Annual report of lunatic asylums [Bombay] - 1912-1922
Year: 1912
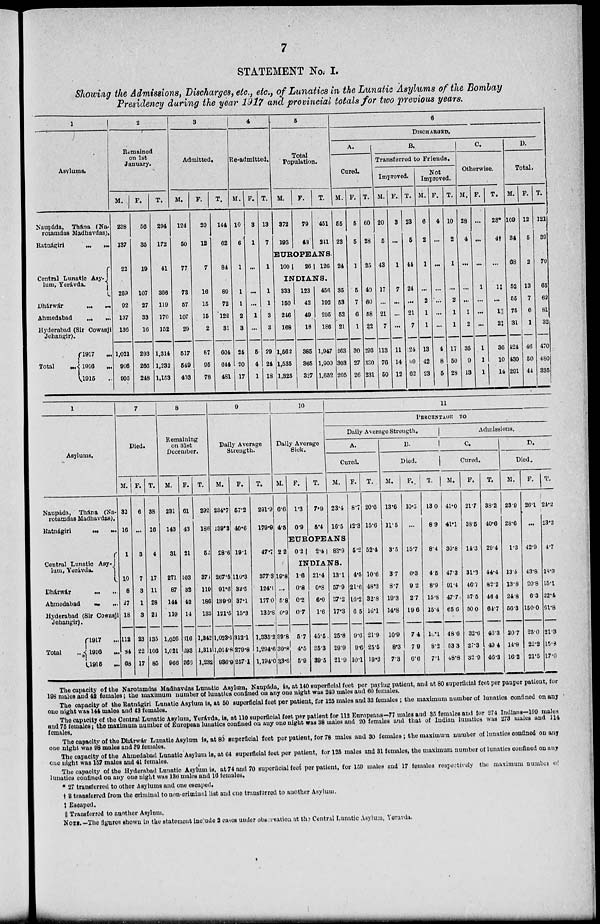
7
STATEMENT No. I.
Showing the Admissions, Discharges, etc., etc., of Lunatics in the Lunatic Asylums of the Bombay
Presidency during the year 1917 and provincial totals for two previous years.
1
Asylums.
Naupáda,
Thána (Na¬
rotamdas Madhavdas).
Ratnágiri
...
...
Central Lunatic Asy-
lum, Yerávda.
Dhárwár ... ...
Ahmedabad ... ...
Hyderabad (Sir Cowasji
Jehangir).
Total
...
1917 ...
1916
...
1915 ...
2
Remained
on 1st
January.
M.
238
137
22
259
92
137
136
1,021
966
905
F.
56
35
19
107
27
33
16
293
266
248
T.
294
172
41
366
119
170
152
1,314
1,232
1,153
3
Admitted.
M.
124
50
77
73
57
107
29
517
549
403
F.
20
12
7
16
15
15
2
87
95
78
T.
144
62
84
89
72
122
31
604
644
481
4
Re-admitted.
M.
10
6
1
1
1
2
3
24
20
17
F.
3
1
...
...
...
1
...
5
4
1
T.
13
7
1
1
1
3
3
29
24
18
5
Total
Population.
M.
372
193
F.
79
48
T.
451
241
EUROPEANS.
100
26 126
INDIANS.
333
150
246
168
1,562
1,535
1,325
123
42
49
18
385
365
327
456
192
295
186
1,947
1,900
1,652
6
DISCHARGED.
A.
Cured.
M.
55
23
24
35
53
52
21
263
303
205
F.
5
5
1
5
7
6
1
30
27
26
T.
60
28
25
40
60
58
22
293
330
231
B.
Transferred to Friends.
Improved.
M.
20
5
43
17
...
21
7
113
76
50
F.
3
...
1
7
...
...
...
11
14
12
T.
23
5
44
24
...
21
7
124
90
62
Not
Improved.
M.
6
2
1
...
2
1
1
13
42
23
F.
4
...
...
...
...
...
...
4
8
5
T.
10
2
1
...
2
1
1
17
50
28
C.
Otherwise.
M.
28
4
...
...
...
1
2
35
9
13
F.
...
...
...
1
...
...
...
1
1
1
T.
28*
4†
...
1‡
...
1||
2‡
36
10
14
D.
Total.
M.
109
34
68
52
55
75
31
424
430
291
F.
12
5
2
13
7
6
1
46
50
44
T.
121
39
70
65
62
81
32
470
480
335
1
Asylums.
Naupáda, Thána (Na-
rotamdas Madhavdas).
Ratnágiri ... ...
Central Lunatic Asy¬
lum, Yerávda.
Dhárwár ... ...
Ahmedabad ... ...
Hyderabad (Sir Cowasji
Jehangir).
Total ...
1917
...
1916
...
1915
...
7
Died.
M.
32
16
1
10
8
27
18
112
84
68
F.
6
...
3
7
3
1
3
23
22
17
T.
38
16
4
17
11
28
21
135
106
85
8
Remaining
on 31st
December.
M.
231
143
31
271
87
144
119
1,026
1,021
966
F.
61
43
21
103
32
42
14
316
293
266
T.
292
186
52
37
119
186
133
1,342
1,314
1,232
9
Daily Average
Strength.
M.
234.7
139.3
28.6
267.5
91.6
139.9
121.5
1,023.1
1,014.8
936.9
F.
57.2
40.6
19.1
110.3
32.5
37.1
15.3
312.1
279.8
257.1
T.
291.9
179.9
47.7
377.8
124.1
177.0
136.8
1,335.2
1,294.6
1,194.0
10
Daily Average
Sick.
M.
6.6
4.5
2.2
19.8
...
5.8
0.9
39.8
30.8
33.6
F.
1.3
0.9
T.
7.9
5.4
11
PERCENTAGE TO
Daily Average
Strength.
A.
Cured.
M.
23.4
16.5
EUROPEANS
0.2
2.4
83.9
INDIANS.
1.6
0.8
0.2
0.7
5.7
4.5
5.9
21.4
0.8
6.0
1.6
45.5
35.3
39.5
13.1
57.9
37.2
17.3
25.8
29.9
21.9
F.
8.7
12.3
5.2
4.5
21.6
16.2
6.5
9.6
9.6
10.1
T.
20.6
15.6
52.4
10.6
48.3
32.8
16.1
21.9
25.5
19.3
B.
Died.
M.
13.6
11.5
3.5
3.7
8.7
19.3
14.8
10.9
8.3
7.3
F..
10.5
...
15.7
6.3
9.2
2.7
19.6
7.4
7.9
6.6
T.
13.0
8.9
8.4
4.5
8.9
15.8
15.4
10.1
8.2
7.1
Admissions.
C.
Cured.
M.
41.0
41.1
30.8
47.3
91.4
47.7
65.6
48.6
53.3
48.8
F.
21.7
38.5
14.3
31.3
46.7
37.5
50.0
32.6
27.3
32.9
T.
38.2
40.6
29.4
44.4
82.2
46.4
64.7
46.3
49.4
46.3
D.
Died.
M.
23.9
28.6
1.3
13.5
13.8
24.8
56.3
20.7
14.8
16.2
F.
26.1
...
42.9
43.8
20.8
6.3
150.0
25.0
22.2
21.5
T.
24.2
23.2
4.7
18.9
15.1
22.4
61.8
21.3
15.3
17.0
The capacity of the Narotomdas Madhavdas Lunatic Asylum, Naupáda, is, at 140 superficial feet per paying patient, and at 80 superficial feet per pauper patient, for
198 males and 42 females; the maximum number of lunatics confined on any one night was 249 males and 60 females.
The capacity of the Ratnágiri Lunatic Asylum is, at 50 superficial feet per patient, for 125 males and 33 females; the maximum number of lunatics confined on any
one night was 144 males and 43 females.
The capacity of the Central Lunatic Asylum, Yerávda, is, at 110 superficial feet per patient for 112 Europeans—77 males and 35 females and for 274 Indians—199 males
and 75 females; the maximum number of European lunatics confined on any one night was 38 males and 20 females and that of Indian lunatics was 273 males and 114
females.
The capacity of the Dhárwár Lunatic Asylum is, at 80 superficial feet per patient, for 78 males and 30 females ; the maximum number of lunatics confined on any
one night was 98 males and 39 females.
The capacity of the Ahmedabad Lunatic Asylum is, at 64 superficial feet per patient, for 125 males and 31 females, the maximum number of lunatics confined on any
one night was 157 males and 41 females.
The capacity of the Hyderabad Lunatic Asylum is, at 74 and 70 superficial feet per patient, for 159 males and 17 females respectively the maximum number of
lunatics confined on any one night was 136 males and 16 females.
* 27 transferred to other Asylums and one escaped.
† 3 transferred from the criminal to non-criminal list and one transferred to another Asylum.
‡ Escaped.
|| Transferred to another Asylum.
NOTE.— The figures shown in the statement include 2 cases under observation at the Central Lunatic Asylum, Yeravda.